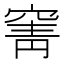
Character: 𮄄